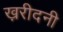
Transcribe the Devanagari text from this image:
ख़रीदनी